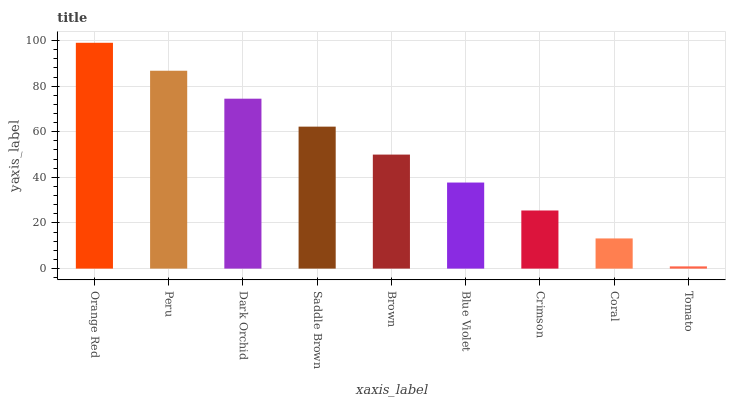
| xaxis_label | bars |
 | --- | --- |
 | Orange Red | 99 |
 | Peru | 86.7 |
 | Dark Orchid | 74.5 |
 | Saddle Brown | 62.2 |
 | Brown | 50 |
 | Blue Violet | 37.7 |
 | Crimson | 25.5 |
 | Coral | 13.2 |
 | Tomato | 0.977 |